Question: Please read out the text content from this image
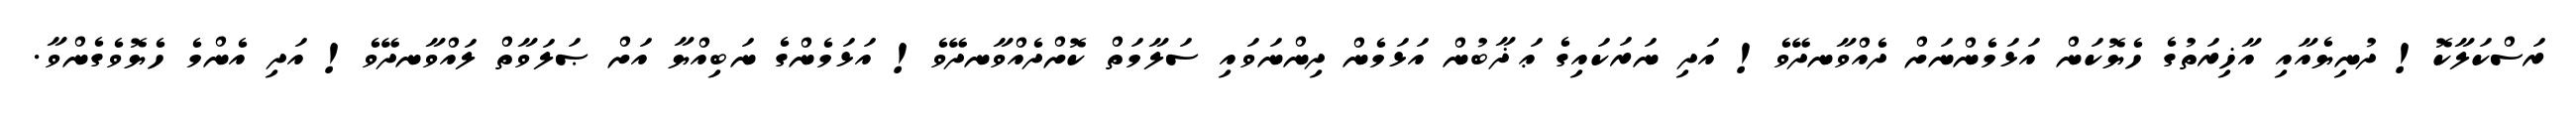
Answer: ރަސްކަލާކޮ! ދުނިޔެއާއި އާޚިރަތުގެ ހެޔޮކަން އަޅަމެންނަށް ދެއްވާނދޭވެ! އަދި ނަރަކައިގެ ޢަޛާބުން އަޅަމެން ދިންނަވައި ސަލާމަތް ކޮށްދެއްވާނދޭވެ! އަޅަމެންގެ ނަބިއްޔާ އަށް ޞަލަވާތް ލައްވާނދޭވެ! އަދި އެންމެ ހެޔޮވެގެންވާ.